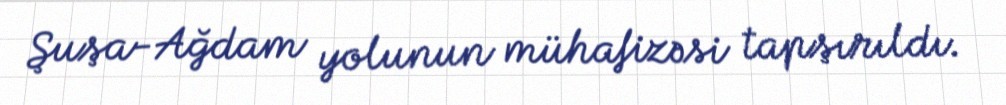
Şuşa-Ağdam yolunun mühafizəsi tapşırıldı.